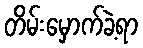
တိမ်းမှောက်ခဲ့ရာ